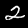
Digit: 2